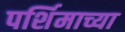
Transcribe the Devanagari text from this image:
पर्शिमाच्या